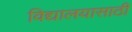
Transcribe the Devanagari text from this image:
विद्यालयासाठी